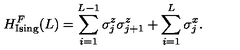
H _ { \mathrm { I s i n g } } ^ { F } ( L ) = \sum _ { i = 1 } ^ { L - 1 } { \sigma _ { j } ^ { z } } { \sigma _ { j + 1 } ^ { z } } + \sum _ { i = 1 } ^ { L } { \sigma _ { j } ^ { x } } .